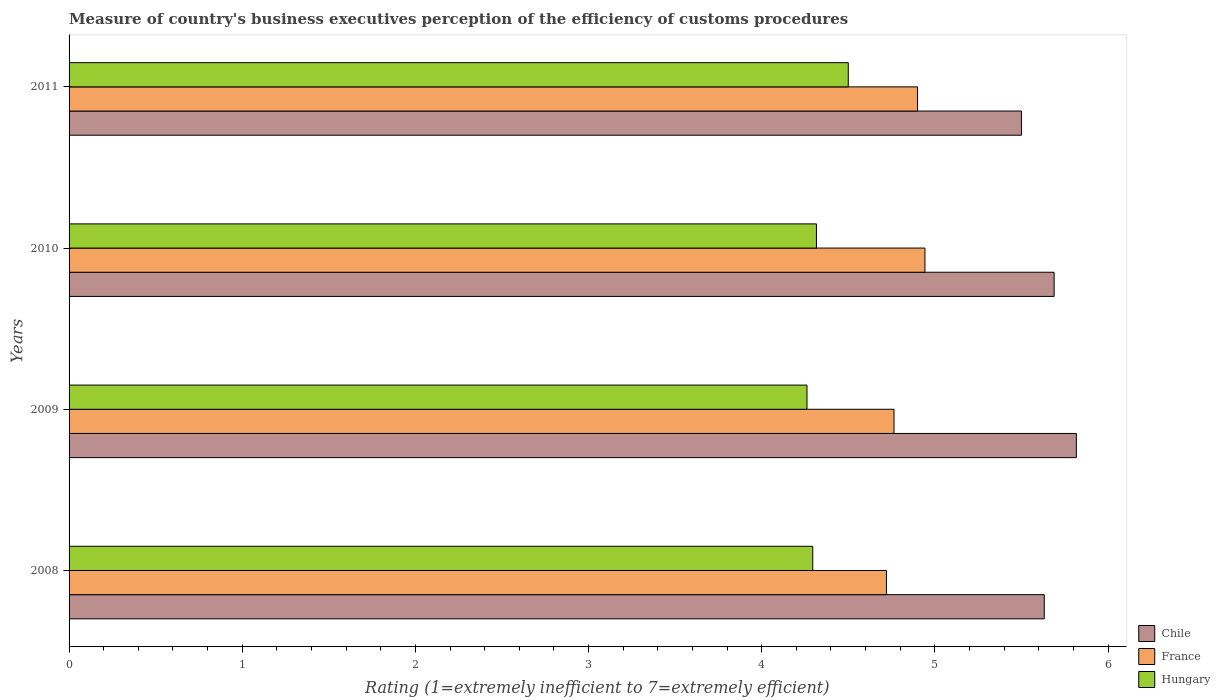
| Years | Chile | France | Hungary |
 | --- | --- | --- | --- |
 | 2008 | 5.63 | 4.72 | 4.29 |
 | 2009 | 5.82 | 4.76 | 4.26 |
 | 2010 | 5.69 | 4.94 | 4.32 |
 | 2011 | 5.5 | 4.9 | 4.5 |